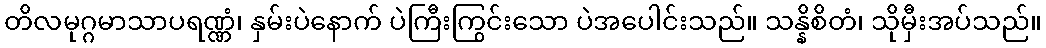
တိလမုဂ္ဂမာသာပရဏ္ဏံ၊ နှမ်းပဲနောက် ပဲကြီးကြွင်းသော ပဲအပေါင်းသည်။ သန္နိစိတံ၊ သိုမှီးအပ်သည်။